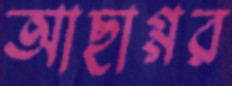
আছাগ্গর